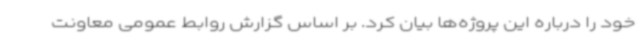
خود را درباره این پروژه‌ها بیان کرد. بر اساس گزارش روابط عمومی معاونت